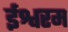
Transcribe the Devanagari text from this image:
ईश्वरम